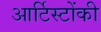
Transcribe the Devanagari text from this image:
आर्टिस्टोंकी